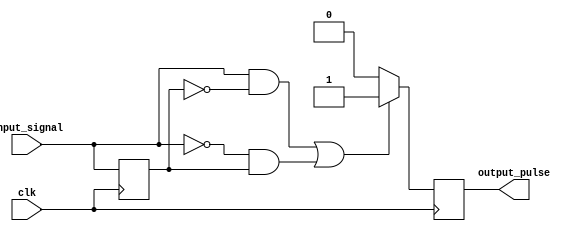
module pulse_edge_detector (
    input       clk,            // Clock signal
    input       input_signal,   // Input signal to detect edges
    output reg  output_pulse    // Output pulse on edge detection
);

// Memory block to store the previous state of the input signal
reg previous_state;

// Edge detection logic
always @(posedge clk) begin
    // Capture the current state of the input signal
    previous_state <= input_signal;
    
    // Generate output pulse for one clock cycle on rising or falling edge
    if ((input_signal == 1'b1 && previous_state == 1'b0) || // Rising edge detected
        (input_signal == 1'b0 && previous_state == 1'b1))   // Falling edge detected
    begin
        output_pulse <= 1'b1; // Set output pulse high
    end else begin
        output_pulse <= 1'b0; // Set output pulse low
    end
end

endmodule